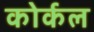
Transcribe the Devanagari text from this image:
कोर्कल